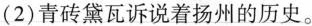
(2)青砖黛瓦诉说着扬州的历史。